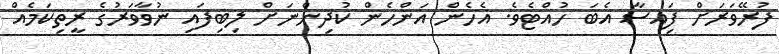
ފުރޭވަރަށް ފަިއސާ އެބަ ހުއްޓެވެ. އެހެން އަންހެން ކުދިންނަށް ލިބިފައި ނުވާވަރުގެ ރީތިކަމެއް